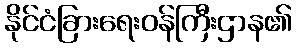
နိုင်ငံခြားရေးဝန်ကြီးဌာန၏